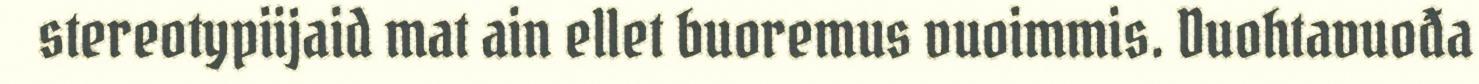
stereotypiijaid mat ain ellet buoremus vuoimmis. Duohtavuođa